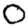
Digit: 0